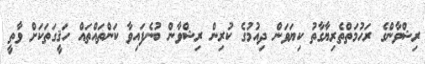
ރިޝްވާންގެ ރަހުމަތްތެރިޔާގާތު ކިޔަވަން ދިއުމުގެ ކުރިން ރިޝްވާން ބުނެފައިވާ ކަންތައްތައް ހަޤީގަތަކަށް ވާތީ